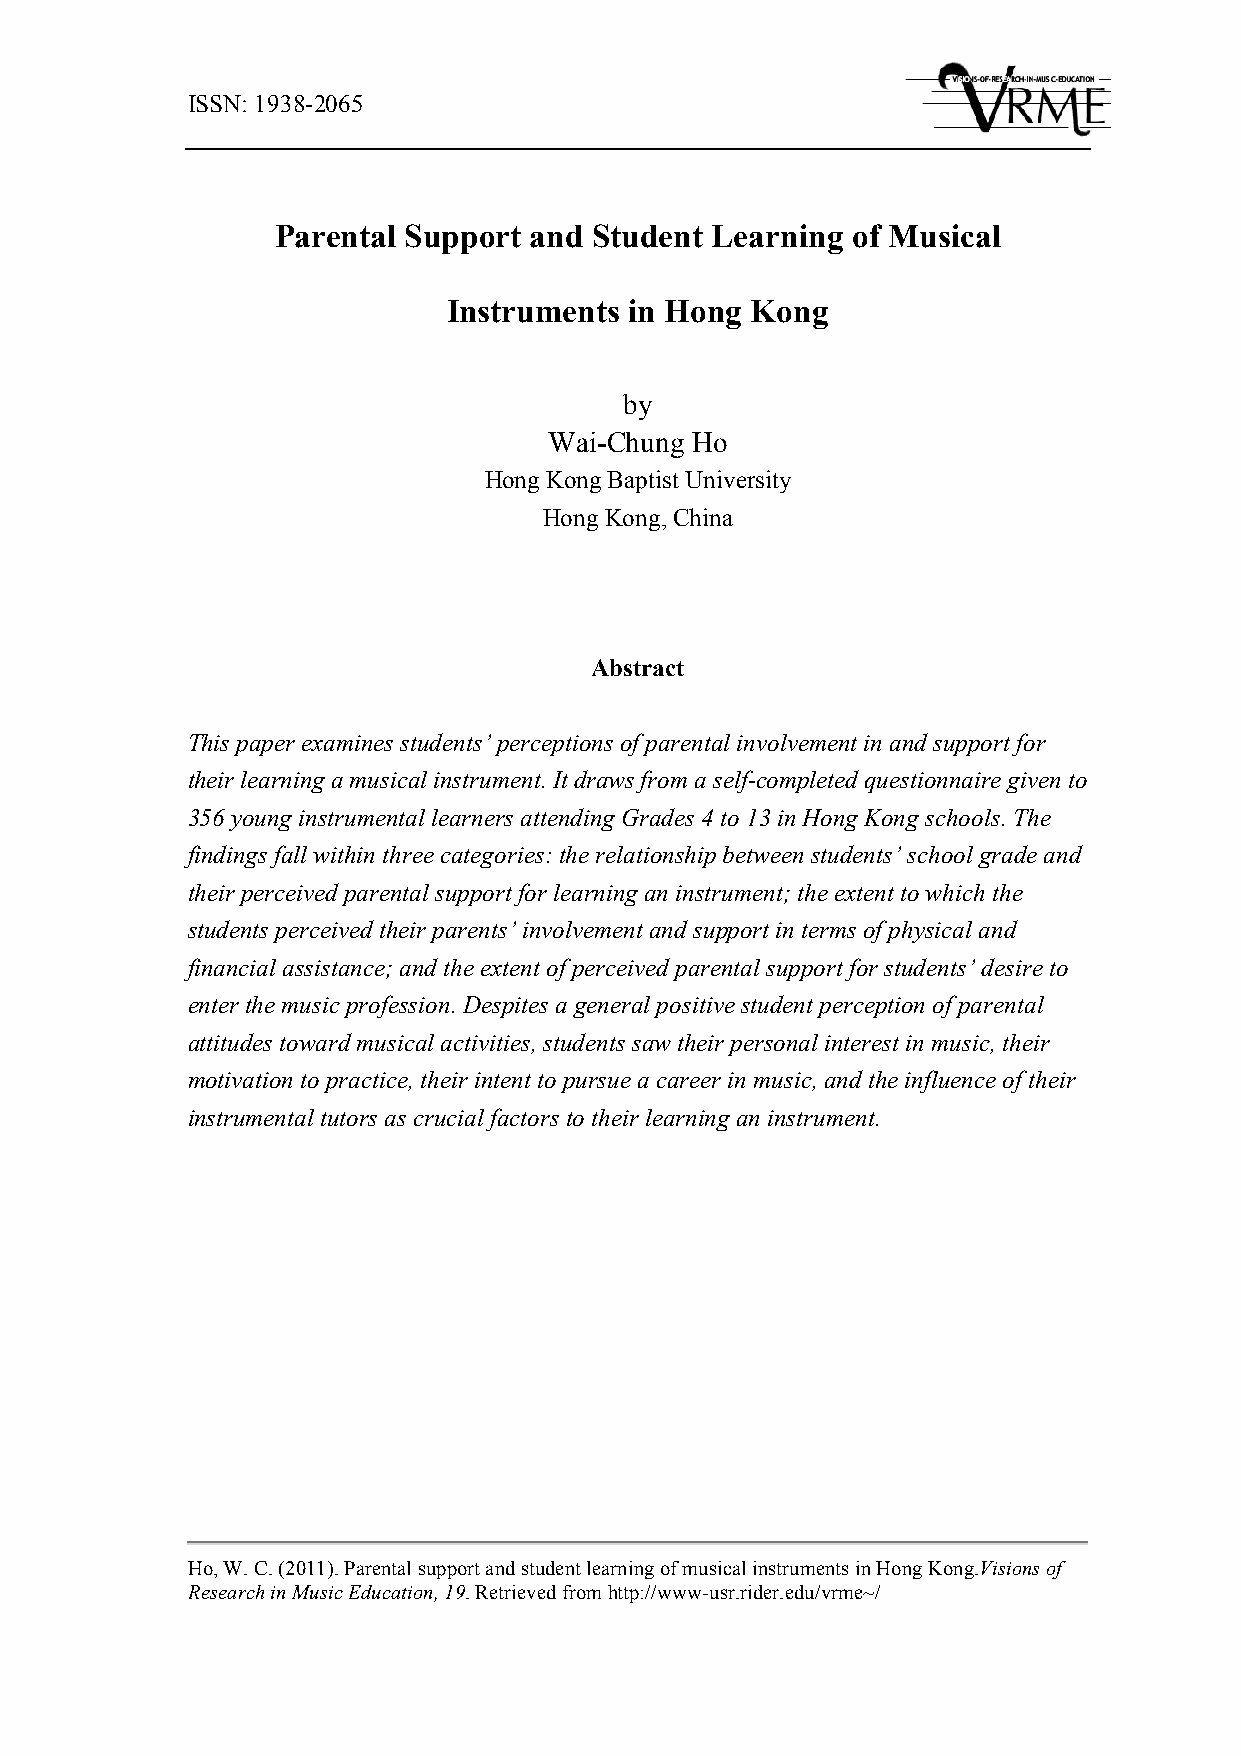
ISSN: 1938-2065
 Parental Support and Student Learning of Musical
 Instruments in Hong Kong
 by
 Wai-Chung Ho
 Hong Kong Baptist University
 Hong Kong, China
 Abstract
 This paper examines students’ perceptions of parental involvement in and support for
 their learning a musical instrument. It draws from a self-completed questionnaire given to
 356 young instrumental learners attending Grades 4 to 13 in Hong Kong schools. The
 findings fall within three categories: the relationship between students’ school grade and
 their perceived parental support for learning an instrument; the extent to which the
 students perceived their parents’ involvement and support in terms of physical and
 financial assistance; and the extent of perceived parental support for students’ desire to
 enter the music profession. Despites a general positive student perception of parental
 attitudes toward musical activities, students saw their personal interest in music, their
 motivation to practice, their intent to pursue a career in music, and the influence of their
 instrumental tutors as crucial factors to their learning an instrument.
 Ho, W. C. (2011). Parental support and student learning of musical instruments in Hong Kong.Visions of
 Research in Music Education, 19. Retrieved from http://www-usr.rider.edu/vrme~/